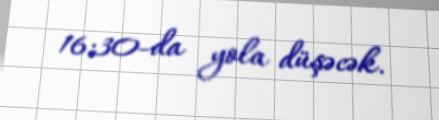
16:30-da yola düşəcək.